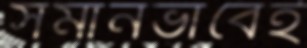
সমানভাবেই